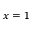
x = 1